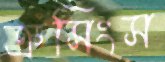
ক্রসিংস